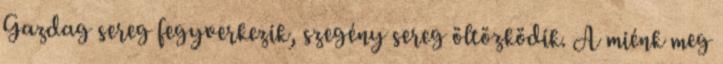
Gazdag sereg fegyverkezik, szegény sereg öltözködik. A miénk meg